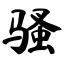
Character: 骚